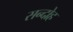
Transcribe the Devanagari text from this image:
सन्दोह